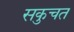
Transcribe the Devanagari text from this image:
सकुचत